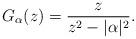
LaTeX: \begin{align*}G_\alpha(z)=\frac{z}{z^2-|\alpha|^2}.\end{align*}